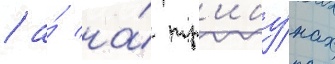
/ а́ на́ тр'ибу́нах